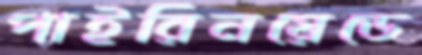
পাইরিনয়েডে